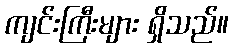
ကျင်းကြီးများ ရှိသည်။